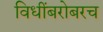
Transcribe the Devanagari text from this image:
विधींबरोबरच